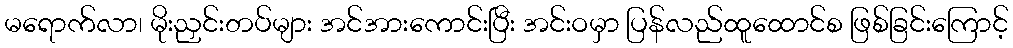
မရောက်လာ၊ မိုးညှင်းတပ်များ အင်အားကောင်းပြီး အင်းဝမှာ ပြန်လည်ထူထောင်စ ဖြစ်ခြင်းကြောင့်